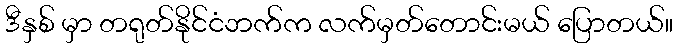
ဒီနှစ် မှာ တရုတ်နိုင်ငံဘက်က လက်မှတ်တောင်းမယ် ပြောတယ်။